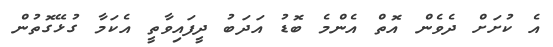
އެ ކުށަށް ދެވެން އޮތް އެންމެ ބޮޑު އަދަބު ދީފައިވާތީ އެކަމާ ގުޅޭގޮތުން